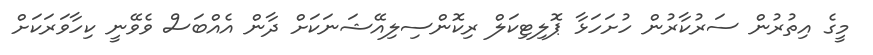
މީގެ އިތުރުން ސަރުކާރުން ހުށަހަޅާ ޕޮލިޓިކަލް ރިކޮންސިލިއޭޝަނަކަށް ދާން އެއްބަސް ވެވޭނީ ކިހާވަަރަކަށް